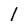
Character: l